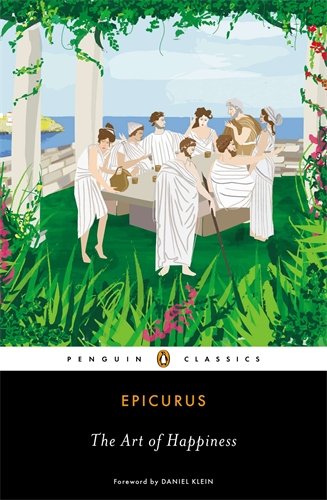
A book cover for The Art of Happiness (Penguin Classics); Epicurus; Politics & Social Sciences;